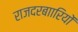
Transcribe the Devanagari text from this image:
राजदरबाारियों